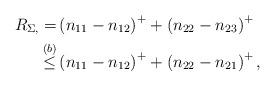
LaTeX: \begin{align*}R_{\Sigma,} =& \left(n_{11}-n_{12}\right)^+ + \left(n_{22}-n_{23}\right)^+ \\\overset{(b)}{\leq}& \left(n_{11}-n_{12}\right)^+ + \left(n_{22}-n_{21}\right)^+,\end{align*}